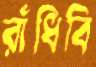
রাঁধিবি